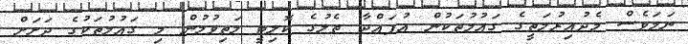
ނަމަވެސް މެދުއިރުމަތީގެ ގައުމުތަކުން އުފައްދާ ތެލުގެ ކޮލިޓީ މަތިވުމުން މި ގައުމުތަކުގެ ދަށަށް